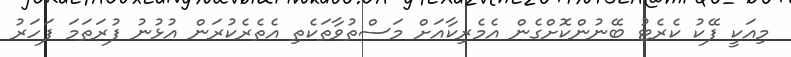
މިއަކީ ފޭކު ކެރެޓު ބޭނުންކޮށްގެން އެމެރިކާއަށް މަސްތުވާތަކެތި އެތެރެކުރަން އުޅުނު ފުރަތަމަ ފަހަރު